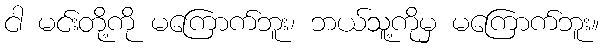
ငါ မင်းတို့ကို မကြောက်ဘူး၊ ဘယ်သူ့ကိုမှ မကြောက်ဘူး။